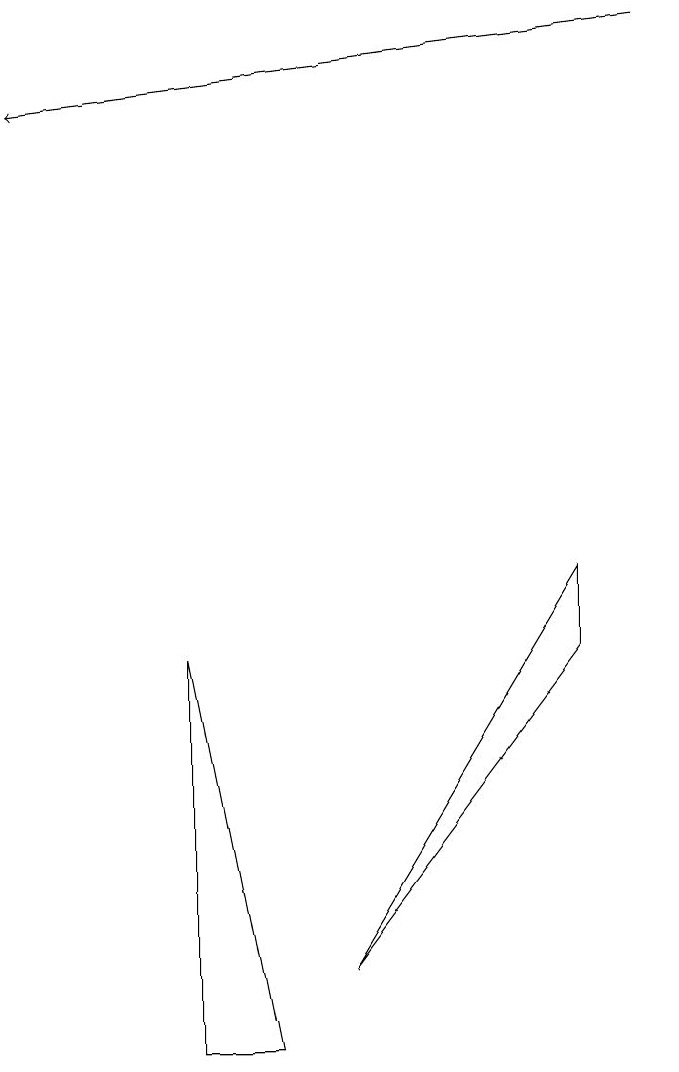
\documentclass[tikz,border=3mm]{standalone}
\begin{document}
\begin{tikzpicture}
\draw (3,3) -- (2,8) -- (2,3) -- cycle;
\draw[->] (8,16) -- (0,15);
\draw (4,4) -- (7,8) -- (7,9) -- cycle;
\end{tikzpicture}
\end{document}